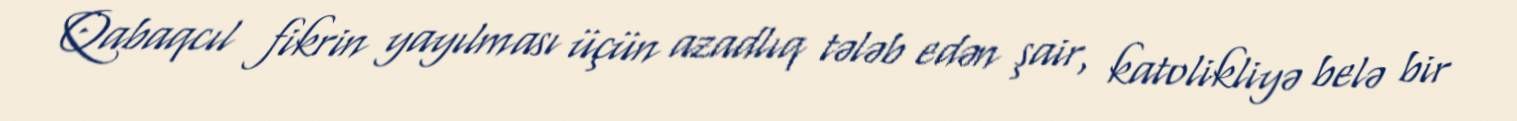
Qabaqcıl fikrin yayılması üçün azadlıq tələb edən şair, katolikliyə belə bir